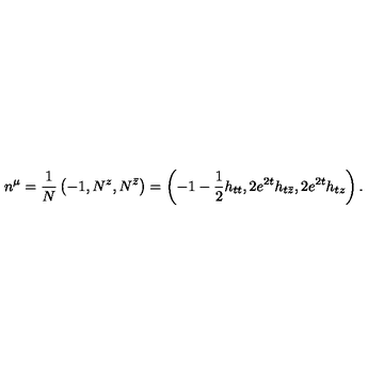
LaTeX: n ^ { \mu } = { \frac { 1 } { N } } \left( - 1 , N ^ { z } , N ^ { \bar { z } } \right) = \left( - 1 - { \frac { 1 } { 2 } } h _ { t t } , 2 e ^ { 2 t } h _ { t \bar { z } } , 2 e ^ { 2 t } h _ { t z } \right) .